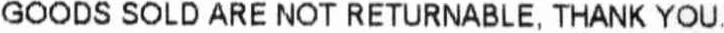
GOODS SOLD ARE NOT RETURNABLE, THANK YOU.